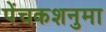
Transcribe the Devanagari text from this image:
पेंचकशनुमा